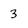
Character: 3